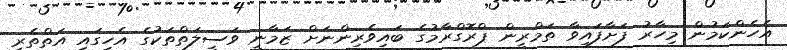
އެހެންކަމުން މިހާރު ފަށާފައިވާ ތަމްރީން ޕްރޮގްރާމުގެ ބައިވެރިންނަށް ޒަމާނީ ވަސީލަތްތަކުގެ އެހީގައި އަތްތެރި